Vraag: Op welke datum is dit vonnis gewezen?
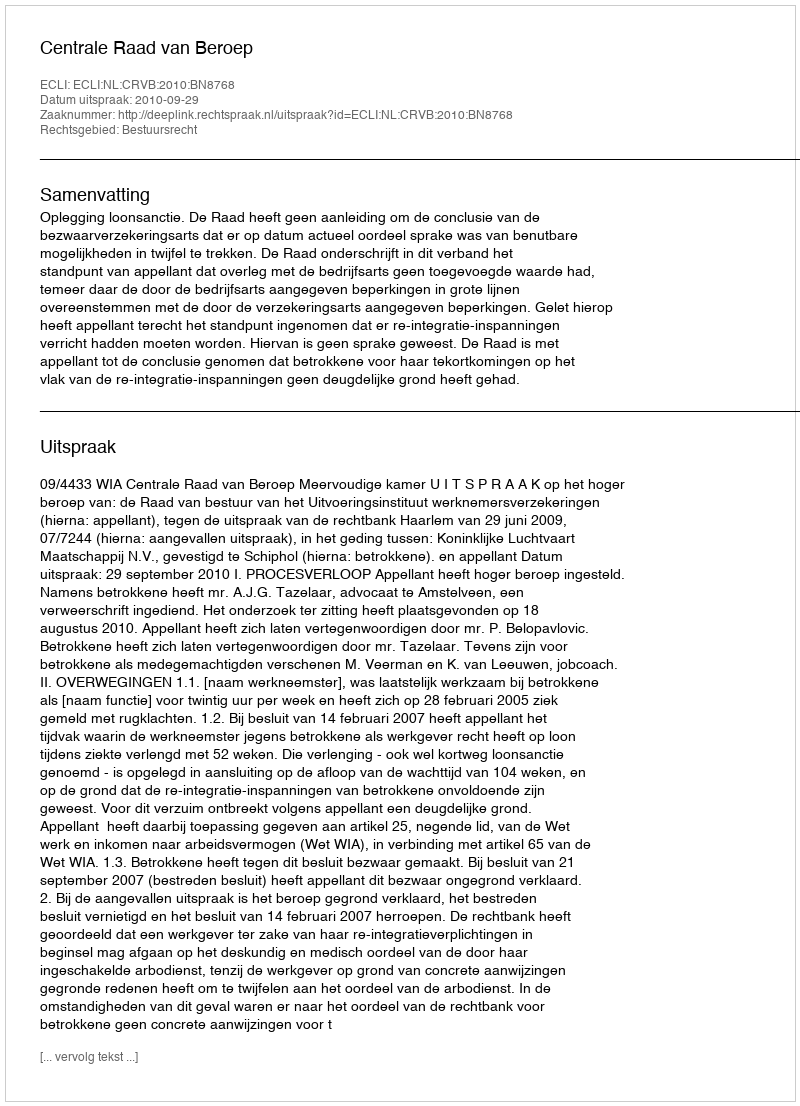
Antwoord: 2010-09-29